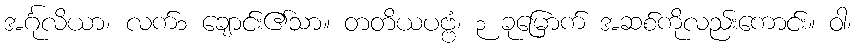
အင်္ဂုလိယာ၊ လက်၁ ချောင်း၏သာ။ တတိယပဗ္ဗံ၊ ၃ ခုမြောက် အဆစ်ကိုလည်းကောင်း။ ဝါ၊